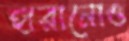
হারানোও